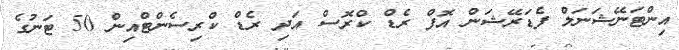
އިންޓަނޭޝަނަލް ފެޑަރޭޝަން އޮފް ރެޑް ކްރޮސް އަދި ރެޑް ކްރިސެންޓްއިން 50 ޓަނުގެ